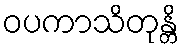
ဝပကာသိတုန္တိ